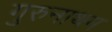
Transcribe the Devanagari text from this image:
गुरुनाथम